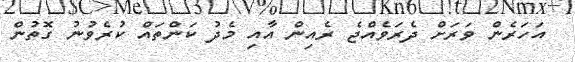
އަހަރެން ވަރަށް ދެރަވެއްޖެ ރެއިން އާއި މެދު ކަންތައް ކުރެވުނު ގޮތުން